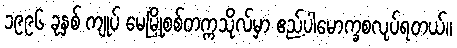
၁၉၉၆ ခုနှစ် ကျုပ် မေမြို့စစ်တက္ကသိုလ်မှာ ဧည့်ပါမောက္ခစလုပ်ရတယ်။